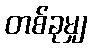
တစ်ခုမျှ